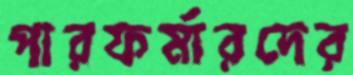
পারফর্মারদের